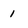
Character: 1